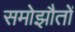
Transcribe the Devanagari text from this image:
समोझौतों